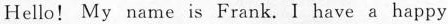
Hello! My name is Frank. I have a happy